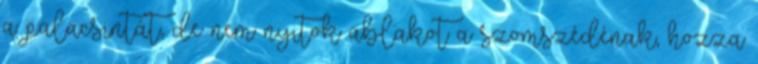
a palacsintát, de nem nyitok ablakot a szomszédénak, hozza